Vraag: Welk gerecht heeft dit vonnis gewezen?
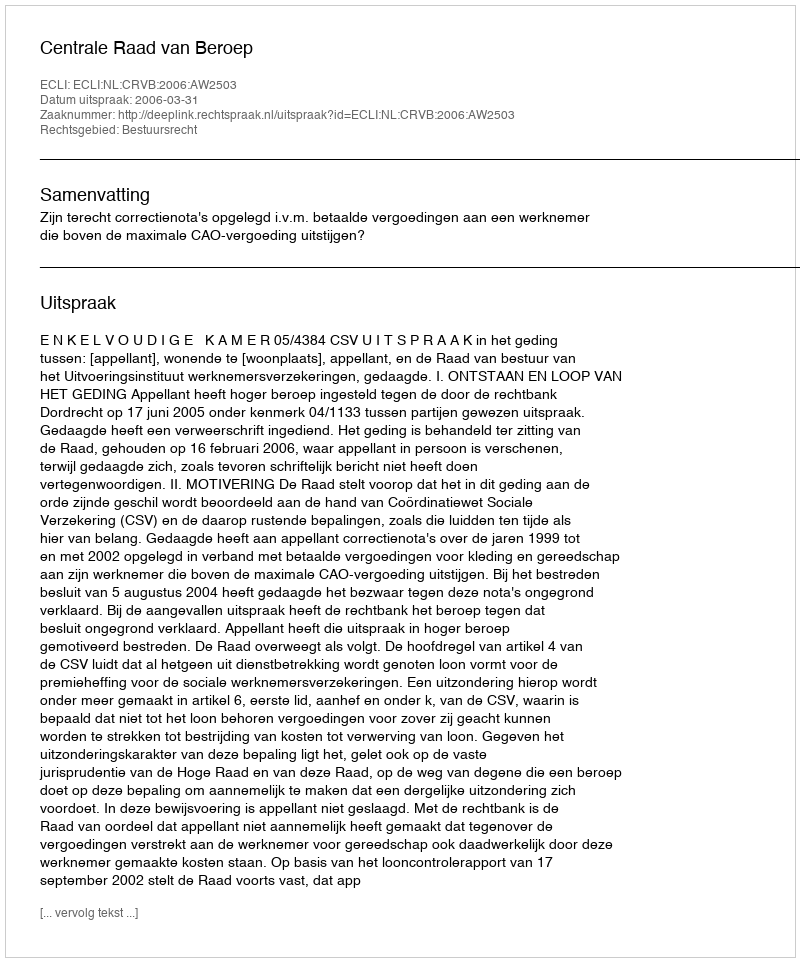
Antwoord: Centrale Raad van Beroep